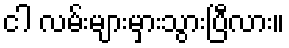
ငါ လမ်းများမှားသွားပြီလား။